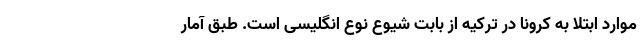
موارد ابتلا به کرونا در ترکیه از بابت شیوع نوع انگلیسی است. طبق آمار